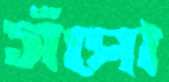
সঁপো